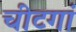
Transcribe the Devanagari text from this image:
चीटगां